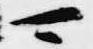
可